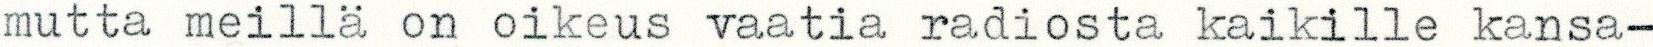
mutta meillä on oikeus vaatia radiosta kaikille kansa-